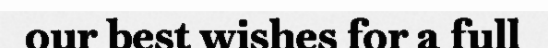
our best wishes for a full